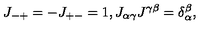
J _ { - + } = - J _ { + - } = 1 , J _ { \alpha \gamma } J ^ { \gamma \beta } = \delta _ { \alpha } ^ { \beta } ,